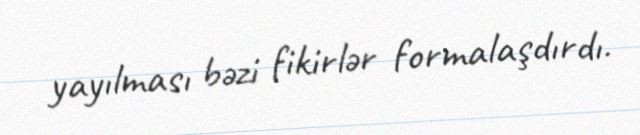
yayılması bəzi fikirlər formalaşdırdı.